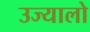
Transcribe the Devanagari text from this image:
उज्यालो